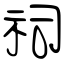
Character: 祠